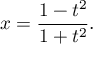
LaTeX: x = { \frac { 1 - t ^ { 2 } } { 1 + t ^ { 2 } } } .